Leprosy in India: report of the Leprosy Commission in India, 1890-91
Year: 1890
Disease focus: Leprosy
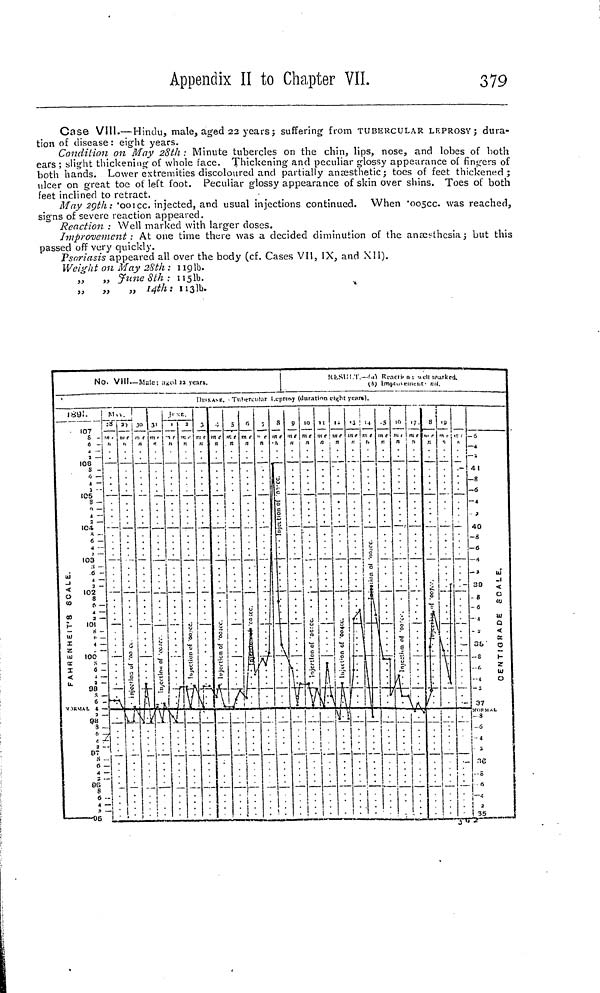
Appendix II to Chapter VII.
379
Case VIII.— Hindu, male, aged 22 years; suffering from TUBERCULAR LEPROSY; dura-
tion of disease : eight years.
Condition on May 28th : Minute tubercles on the chin, lips, nose, and lobes of both
ears ; blight thickening of whole face. Thickening and peculiar glossy appearance of fingers of
both hands. Lower extremities discoloured and partially anæsthetic; toes of feet thickened;
ulcer on great toe of left foot. Peculiar glossy appearance of skin over shins. Toes of both
feet inclined to retract.
May 29th: '001cc. injected, and usual injections continued. When "005cc. was reached,
signs of severe reaction appeared.
Reaction : Well marked with larger closes.
Improvement: At one time there was a decided diminution of the anæsthesia; but this
passed off very quickly.
Psoriasis appeared all over the body (cf. Cases VII, IX, and XII).
Weight on May 2Sth : 119lb.
„ ,, June 8th : 115lb.
„
„
„ 14th: 113lb.